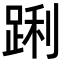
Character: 𮛝